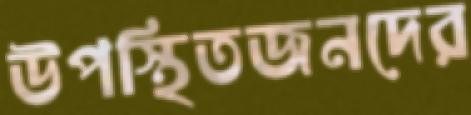
উপস্থিতজনদের